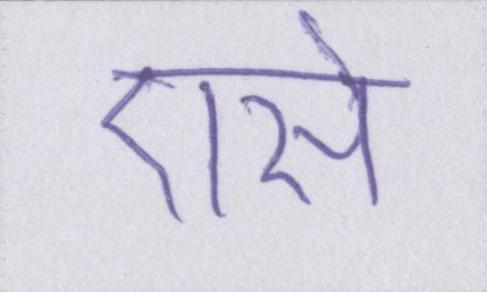
एसे